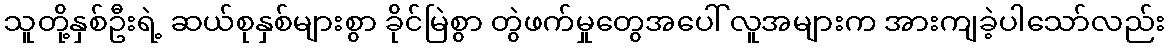
သူတို့နှစ်ဦးရဲ့ ဆယ်စုနှစ်များစွာ ခိုင်မြဲစွာ တွဲဖက်မှုတွေအပေါ် လူအများက အားကျခဲ့ပါသော်လည်း